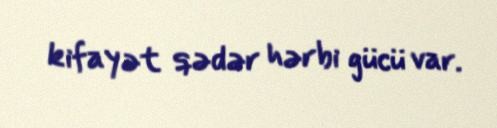
kifayət qədər hərbi gücü var.